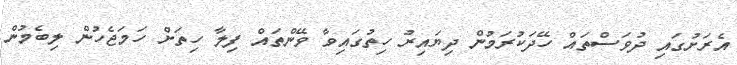
އެރަށުގައި ދުވަސްތައް ހޭދަކުރަމުން ދިޔައިރު ހިތުގައިވާ ވޭންތައް ފިލާ ހިތަށް ހަމަޖެހުން ލިބެމުން